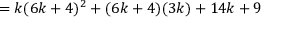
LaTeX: = k ( 6 k + 4 ) ^ { 2 } + ( 6 k + 4 ) ( 3 k ) + 1 4 k + 9